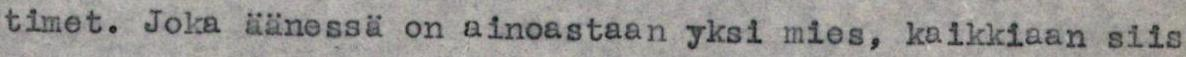
timet. Joka äänessä on ainoastaan yksi mies, kaikkiaan siis